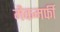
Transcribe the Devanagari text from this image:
मैकमर्फी